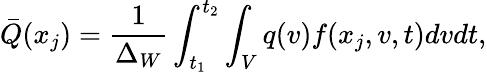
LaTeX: \bar{Q}(x_{j})=\frac{1}{\Delta_{W}}\int_{t_{1}}^{t_{2}}\int_{V}q(v)f(x_{j},v,t)dvdt,